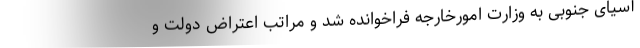
آسیای جنوبی به وزارت امورخارجه فراخوانده شد و مراتب اعتراض دولت و